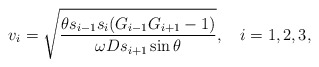
\begin{align*}v_i=\sqrt{\frac{\theta s_{i-1}s_i(G_{i-1}G_{i+1}-1)}{\omega Ds_{i+1}\sin\theta}},\quad i=1,2,3,\end{align*}